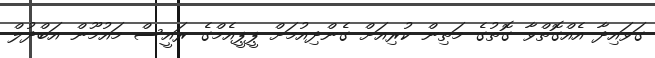
ގަވައިދާ އެއްގޮތްވާ ގޮތުގެ މަތިން ކުރިއަށް ގެންދިއުމަށް ޕީޕީއެމްގެ ރައީސް މައުމޫން އަބްދުލް